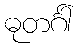
ဓုတင်္ဂါ